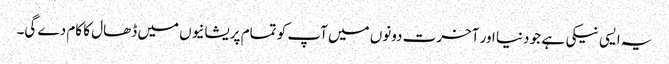
یہ ایسی نیکی ہے جو دنیا اور آخرت دونوں میں آپ کو تمام پریشانیوں میں ڈھال کا کام دے گی۔